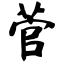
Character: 菅